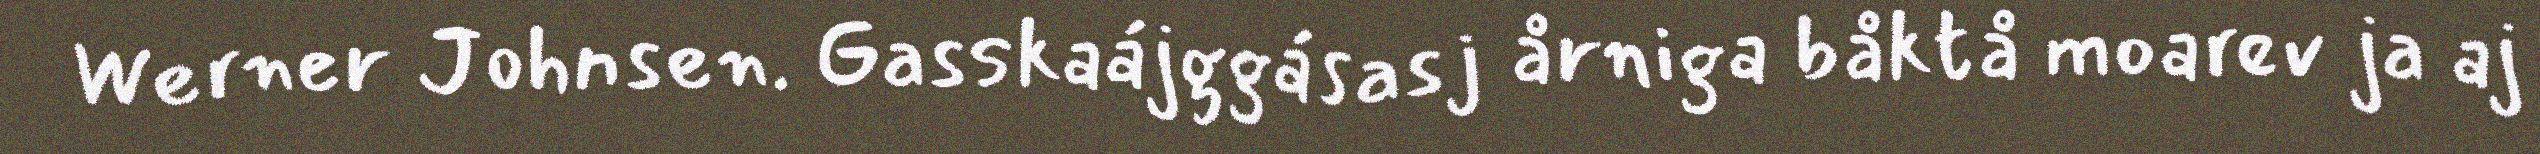
Werner Johnsen. Gasskaájggásasj årniga båktå moarev ja aj